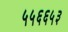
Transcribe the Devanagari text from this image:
५५६६५३